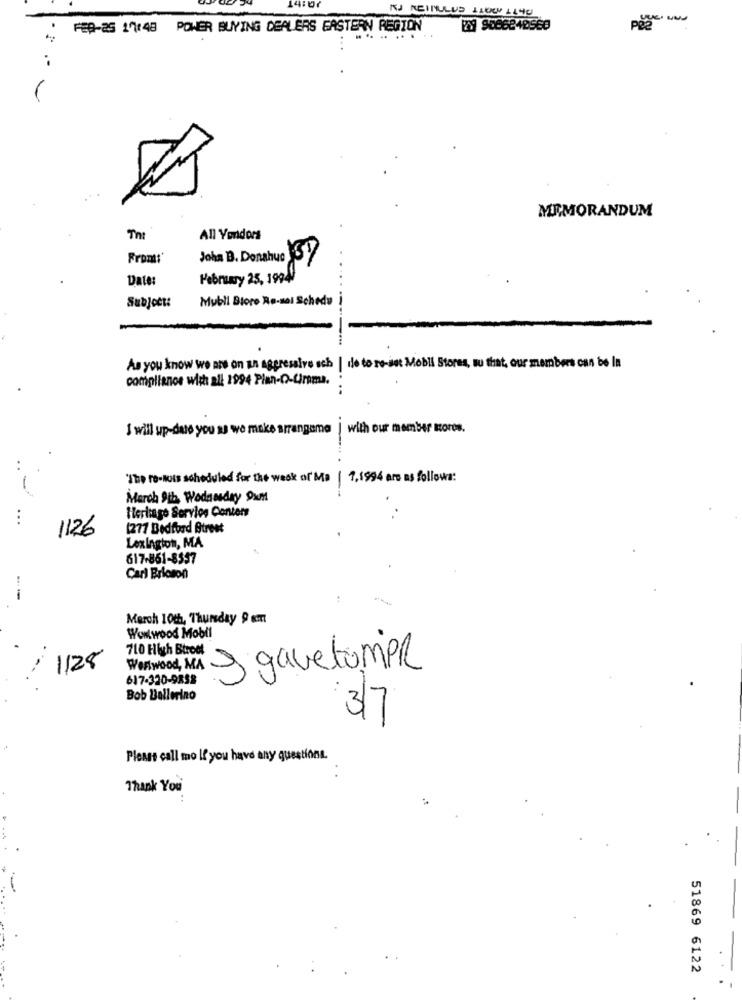
14:07
IJ REINULUS LLOW LL40
FED-a5 1:48 POWER BUYING DEALERS EASTERN REGION 2 9006240SEE
.-
MEMORANDUM
All Vendors
From:'
John B. DonahueSY
Date:
February 25, 19949
.
Mubli Biore Re-sal Schedu
Subject:
As you know we are on an aggressive sch | de to re-ist Mobli Stores, su that, our members can be In
compliance with all 1994 Plan-D-Crema.
I will up-date you as we make arrangema | with our member soros.
..
The ro-lots scheduled for the week of Ma | 1,1994 are as follows:
March 9th, Wodaosday 9um
Heritage Service Conters
...
1126
[277 Bedford Street
Lexington, MA
617-861-8357
Carl Ericson
Merch 10th, Thursday Pem
Wowtwood Mobil
710 Hlych Btroet
..
11:28
Westwood, MA
I gavetomPR
617-320-9858
Bob Ballerino
3/7
Please call so If you have any questions.
Thank You'
-
51869 6122